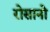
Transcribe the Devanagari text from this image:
रोसानो